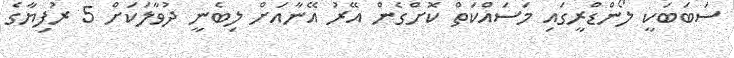
ސަބަބަކީ ލޯންޑްރީގައި މަސައްކަތް ކޮށްގެން އޭރު އޭނާއަށް ލިބެނީ ދުވާލަކަށް 5 ރުފިޔާގެ